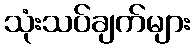
သုံးသပ်ချက်များ